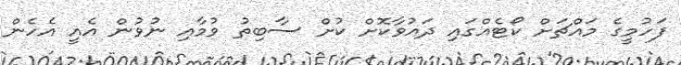
ފަހުމީގެ މައްޗަށް ކޯޓެއްގައި ދައުވާކޮށް ކުށް ސާބިތު ވުމާއި ނުވުން އެއީ އެހެން